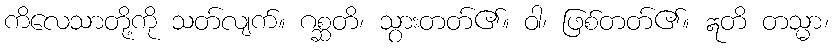
ကိလေသာတို့ကို သတ်လျက်။ ဂစ္ဆတိ၊ သွားတတ်၏။ ဝါ၊ ဖြစ်တတ်၏။ ဣတိ တသ္မာ၊